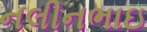
નલીનભાઇ